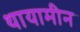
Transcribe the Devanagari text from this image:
थायामीन